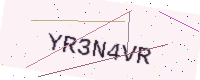
Text: YR3N4VR